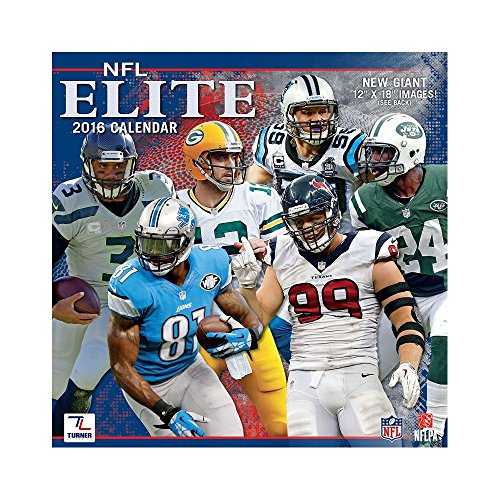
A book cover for NFL All-Stars 2016 Calendar; Calendars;